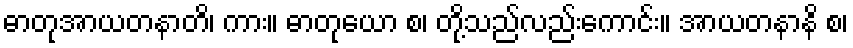
ဓာတုအာယတနာတိ၊ ကား။ ဓာတုယော စ၊ တို့သည်လည်းကောင်း။ အာယတနာနိ စ၊